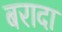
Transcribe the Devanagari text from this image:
बरादा